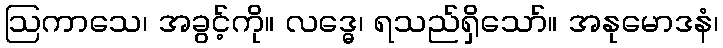
ဩကာသေ၊ အခွင့်ကို။ လဒ္ဓေ၊ ရသည်ရှိသော်။ အနုမောဒနံ၊